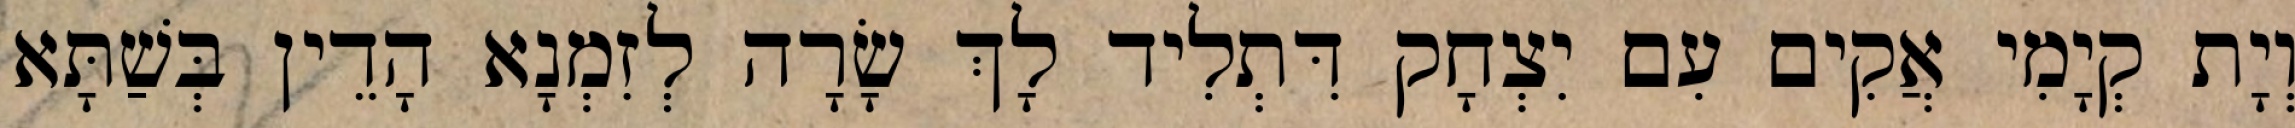
וְיָת קְיָמִי אֲקִים עִם יִצְחָק דִּתְלִיד לָךְ שָׂרָה לְזִמְנָא הָדֵין בְּשַׁתָּא